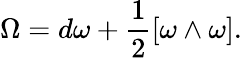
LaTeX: \Omega=d\omega+{\frac{1}{2}}[\omega\wedge\omega].